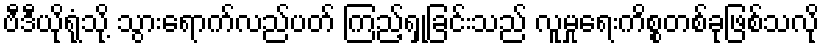
ဗီဒီယိုရုံသို့ သွားရောက်လည်ပတ် ကြည့်ရှုခြင်းသည် လူမှုရေးကိစ္စတစ်ခုဖြစ်သလို